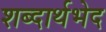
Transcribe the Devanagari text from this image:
शब्दार्थभेद